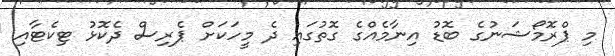
މި ޕްރޮމޯޝަނުގެ ބޮޑު އިނާމެއްގެ ގޮތުގައި ދެ މީހަކަށް ޕެރިސް ދެކޮޅު ޓިކެޓާއި